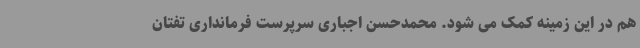
هم در این زمینه کمک می شود. محمدحسن اجباری سرپرست فرمانداری تفتان